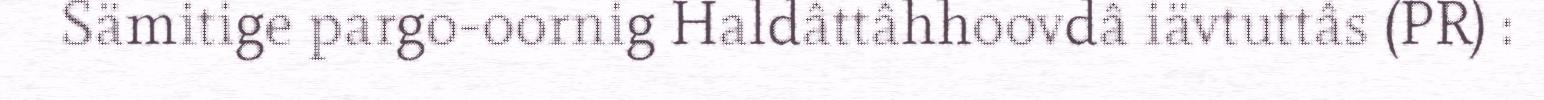
Sämitige pargo-oornig Haldâttâhhoovdâ iävtuttâs (PR) :